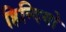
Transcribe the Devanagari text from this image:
हिन्दियो